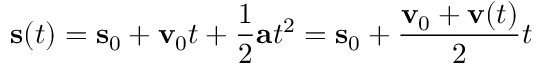
\mathbf { s } ( t ) = \mathbf { s } _ { 0 } + \mathbf { v } _ { 0 } t + { \frac { 1 } { 2 } } \mathbf { a } t ^ { 2 } = \mathbf { s } _ { 0 } + { \frac { \mathbf { v } _ { 0 } + \mathbf { v } ( t ) } { 2 } } t